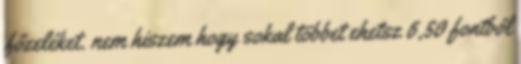
főzeléket. nem hiszem hogy sokal többet ehetsz 6,50 fontból